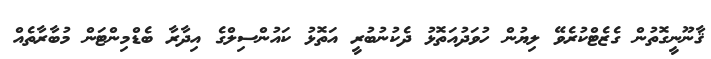
ޤާނޫނީގޮތުން ގެޒެޓްކުރެވޭ ލިޔުން ހުވަދުއަތޮޅު ދެކުނުބުރީ އަތޮޅު ކައުންސިލްގެ އިދާރާ ބެޑްމިންޓަން މުބާރާތެއް